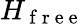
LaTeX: H_{\mathrm{~f~r~e~e~}}